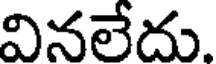
వినలేదు.